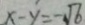
x - y = - \sqrt { 6 }